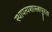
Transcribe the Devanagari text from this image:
स्थापत्यशास्त्रापुरता